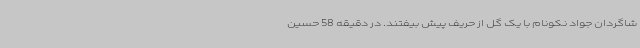
شاگردان جواد نکونام با یک گل از حریف پیش بیفتند. در دقیقه 58 حسین